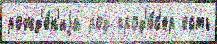
рожд'е́н'иjа род прод'ю́с'ер есть